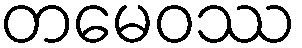
တမေဝဿ